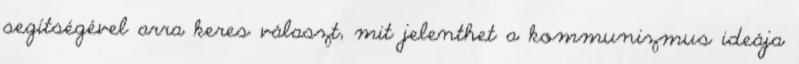
segítségével arra keres választ, mit jelenthet a kommunizmus ideája